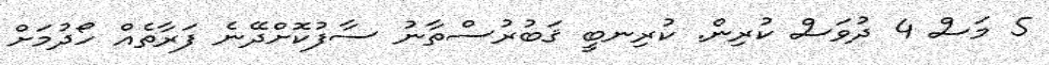
5 މަސް 4 ދުވަސް ކުރިން. ކުރިނބީ ޤަބުރުސްތާނު ސާފުކޮށްދޭނެ ފަރާތެއް ހޯދުމަށް